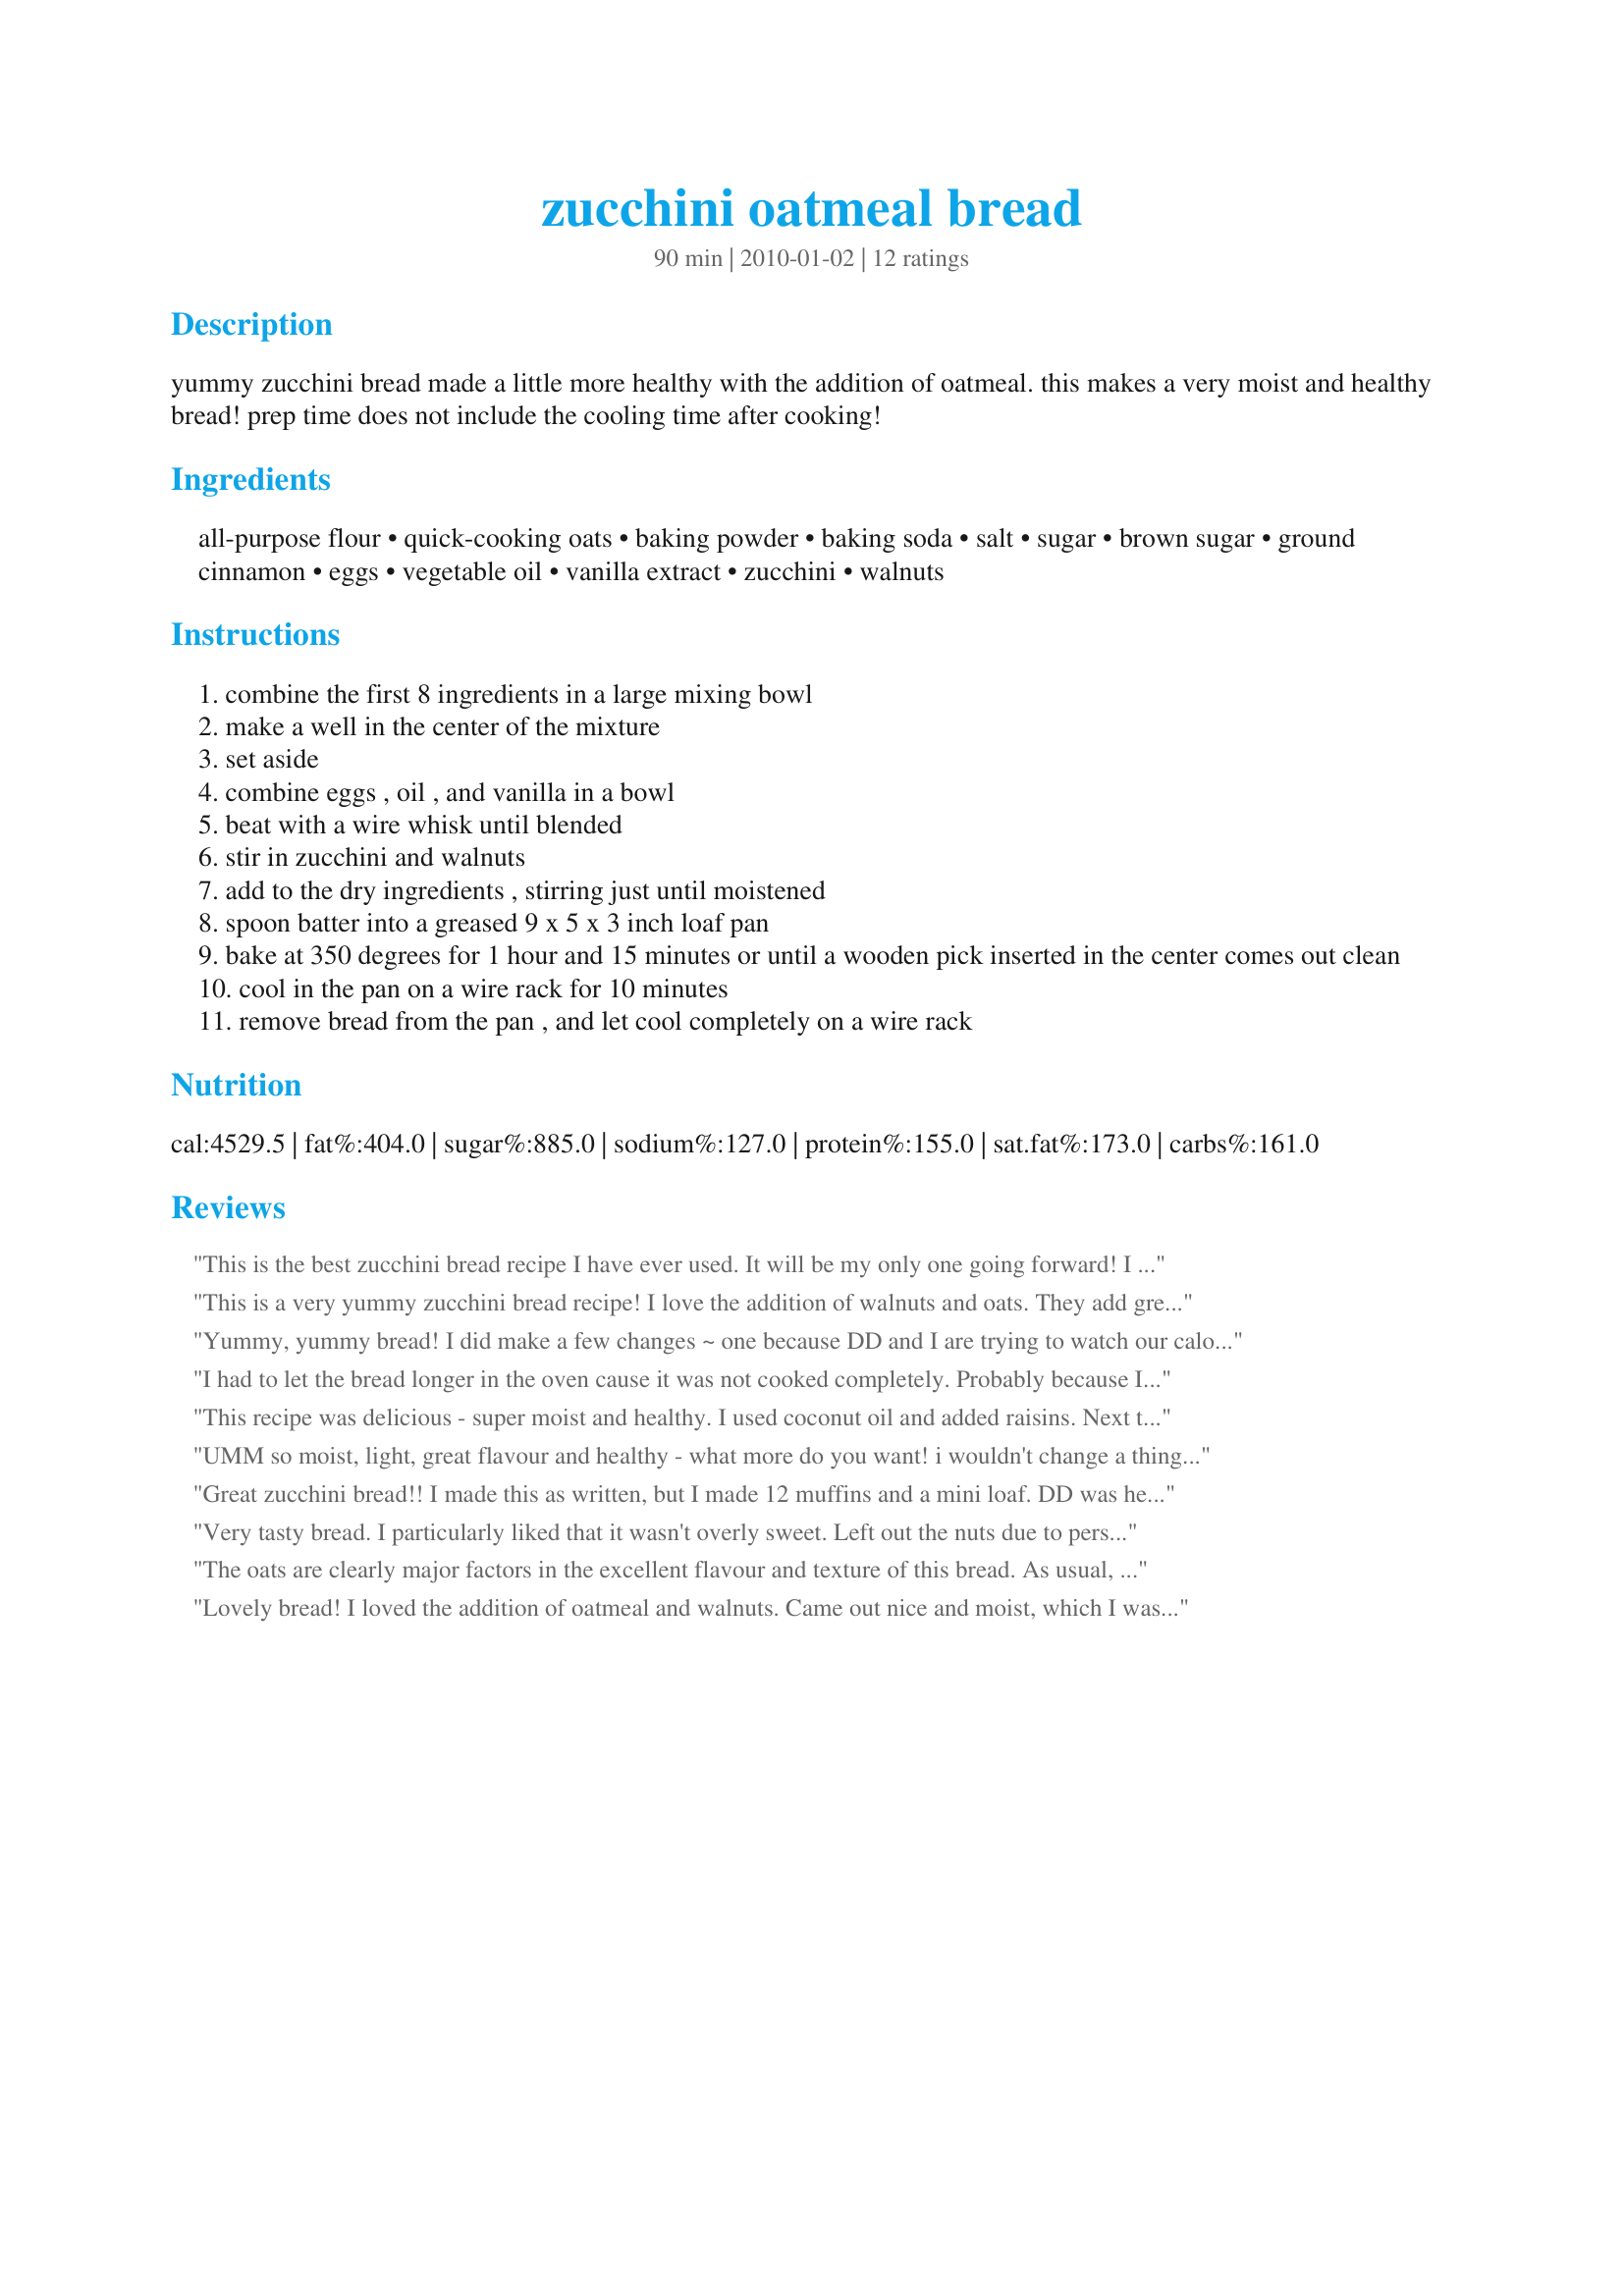
zucchini oatmeal bread
Preparation time: 90 minutes

yummy zucchini bread made a little more healthy with the addition of oatmeal. this makes a very moist and healthy bread! prep time does not include the cooling time after cooking!

Ingredients:
all-purpose flour, quick-cooking oats, baking powder, baking soda, salt, sugar, brown sugar, ground cinnamon, eggs, vegetable oil, vanilla extract, zucchini, walnuts

Steps:
combine the first 8 ingredients in a large mixing bowl
make a well in the center of the mixture
set aside
combine eggs , oil , and vanilla in a bowl
beat with a wire whisk until blended
stir in zucchini and walnuts
add to the dry ingredients , stirring just until moistened
spoon batter into a greased 9 x 5 x 3 inch loaf pan
bake at 350 degrees for 1 hour and 15 minutes or until a wooden pick inserted in the center comes out clean
cool in the pan on a wire rack for 10 minutes
remove bread from the pan , and let cool completely on a wire rack

Reviews:
This is the best zucchini bread recipe I have ever used. It will be my only one going forward! I used coconut oil for the vegetable oil, reduced sugar to 3/4 cup total and added some raisins. I also added extra cinnamon, to suit our taste. I really love that this recipe has 3 cups of zucchini - most recipes have so little.
This is a very yummy zucchini bread recipe! I love the addition of walnuts and oats. They add great texture and flavour to the bread. Mmmm! Even my mum and dad lovede this, who normally dont like baking bread with veggies. ;)<br/>I made half the recipe using 2 eggs and reducing the sugar to 1/4 cup in total as I dont like my breads too sweet. This way it was perfect for us. <br/>As I was out of white flour, I subbed some whole spelt flour in its place which worked nicely. <br/>THANK YOU SO MUCH for sharing this great recipe with us, breezermom. Ill make it again as per request of my parents. lol<br/>Made and reviewed for Potluck Tag Game September 2010.
Yummy, yummy bread! I did make a few changes ~ one because DD and I are trying to watch our calories ~ subbed 1/2 unsweetened apple sauce for part of the oil and I left out the walnuts because I didn't have any. Loved the hint of cinnamon in this bread. Thanks for posting this breezer! Made for Newest Zaar Tag.
I had to let the bread longer in the oven cause it was not cooked completely. Probably because I used applesauce instead of oil. I omitted the nuts. It tastes really good with the cinnamon. Thanks Breezermom :) Made for 123 hit wonders
This recipe was delicious - super moist and healthy. I used coconut oil and added raisins. Next time I think I'd add even more cinnamon and possibly some nutmeg and cloves for even more flavor.
UMM so moist, light, great flavour and healthy - what more do you want! i wouldn't change a thing. i gave this to my mother to try - she hasn't baked in a long time so she thought she must have ruined it. it IS delicious! put this STRAIGHT into your favorites.
Great zucchini bread!! I made this as written, but I made 12 muffins and a mini loaf. DD was here for a few days and took several of the muffins home with her. I also made a homemade whipped cream cheese , that I added some cinnamon and a touch of sugar, that I spread on the muffins for breakfast, yummy!! Thanks for sharing the recipe. Made for &quot;FYC&quot;&quot; tag game.
Very tasty bread. I particularly liked that it wasn't overly sweet. Left out the nuts due to personal preference. :)
The oats are clearly major factors in the excellent flavour and texture of this bread. As usual, I reduced the sugar since we prefer less-sweet cakes, and I think next time I might reduce it even further. Thanks for sharing this recipe.
Lovely bread! I loved the addition of oatmeal and walnuts. Came out nice and moist, which I was pleased with because sometimes my bread turns out dry being at high altitude. This recipe made quite a bit of dough and I was worried it wouldn't all fit into 1 loaf pan, so I put it in 2 and baked for an hour. I think next time I will try subbing some of the oil for applesauce as a previous reviewer did. Thanks Breezermom for an easy, tasty breakfast bread! Made for 123 Hits.
Delicious, and a great way to help use up some of the summer zucchini that the landlord had given us. I wasn't sure how well this would bake up because of the amount of zucchini in comparison to the amount of flour, but it rose beautifully. Perfect toasted with a bit of apple butter or cream cheese, too! Thanks for posting! Made by a fellow Honey for ZWT8
A fabulous zucchini bread that packs a lot of flavor. It produces a nice, large loaf that is cinnnamon-y goodness. I made this exactly as posted, and was rewarded with a wonderful treat. Made for ZWT 8.
